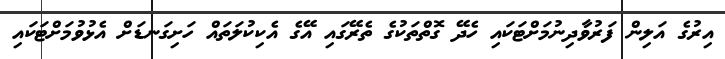
އިރުގެ އަލިން ފަރުވާދިނުމަށްޓަކައި ހެދޭ ގޮތްތަކުގެ ތެރޭގައި އޭގެ އެކިކުލަތައް ހަށިގަނޑަށް އެޅުވުމަށްޓަކައި